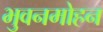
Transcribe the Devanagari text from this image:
भुवनमोहन